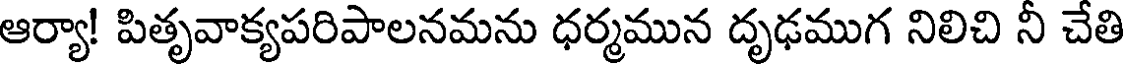
ఆర్యా! పితృవాక్యపరిపాలనమను ధర్మమున దృఢముగ నిలిచి నీ చేతి